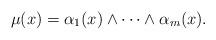
LaTeX: \begin{align*} \mu (x) = \alpha_1 (x) \wedge \cdots \wedge \alpha_m (x).\end{align*}